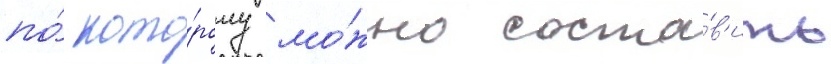
по́ кото́рому мо́жно соста́в'ить